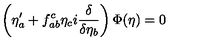
\left( \eta _ { a } ^ { \prime } + f _ { a b } ^ { c } \eta _ { c } i \frac { \delta } { \delta \eta _ { b } } \right) \Phi ( \eta ) = 0